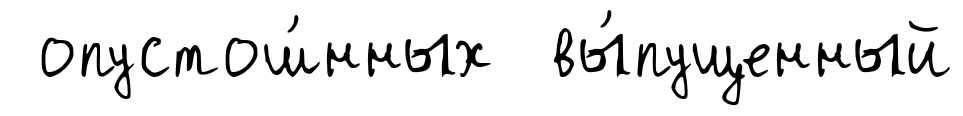
опустош́нных вы́пущенный